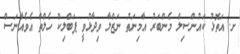
ށ. އަތޮޅު ކައުންސިލް މެންބަރު އާމިނަތު ނަޒްލާ ވިދާޅުވީ ޕަބްލިކް ހެލްތް އެވެއާނަސް